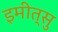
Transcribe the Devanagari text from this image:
इमीत्सु